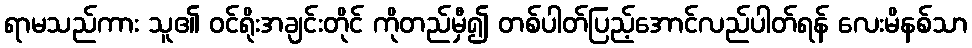
ရာမသည်ကား သူ၏ ဝင်ရိုးအချင်းတိုင် ကိုတည်မှီ၍ တစ်ပါတ်ပြည့်အောင်လည်ပါတ်ရန် လေးမိနစ်သာ